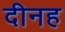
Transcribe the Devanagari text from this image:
दीनह